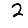
Digit: 2